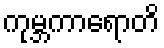
ကုမ္ဘကာရောတိ